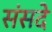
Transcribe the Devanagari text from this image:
संसदे